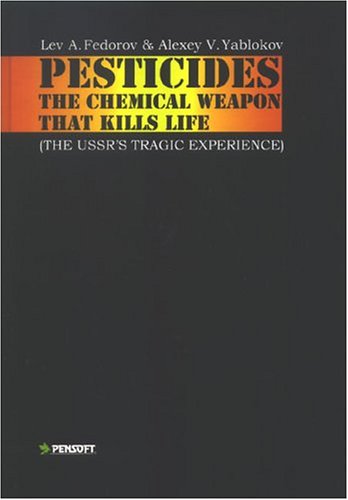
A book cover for Pesticides: The Chemical Weapon That Kills Life : (The USSR's Tragic Experience); LA Fedorov; Science & Math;